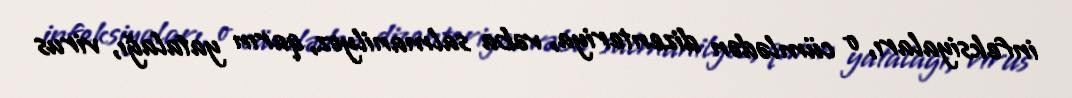
infeksiyaları, o cümlədən dizenteriya, vəba salmanilyoz, qarın yatalağı, virus